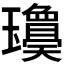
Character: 𱰃